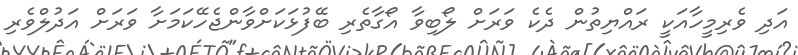
އަދި ވެރިމީހާއަކީ ރައްޔިތުން ދެކެ ވަރަށް ލޯބިވާ އޯގާތެރި ބޭފުޅަކަށްވާންޖެހޭކަމަށާ ވަރަށް އަދުލްވެރި